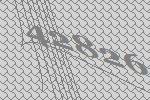
42826